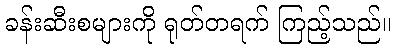
ခန်းဆီးစများကို ရုတ်တရက် ကြည့်သည်။